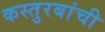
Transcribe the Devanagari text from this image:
कस्तुरबांची